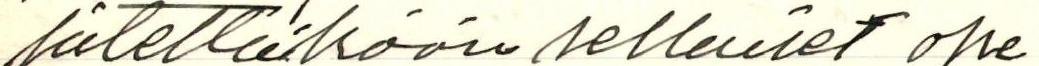
jätettäköön sellaiset ope